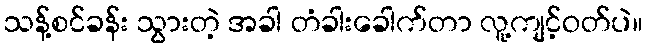
သန့်စင်ခန်း သွားတဲ့ အခါ တံခါးခေါက်တာ လူ့ကျင့်ဝတ်ပဲ။